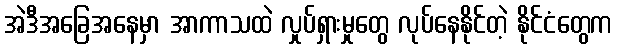
အဲဒီအခြေအနေမှာ အာကာသထဲ လှုပ်ရှားမှုတွေ လုပ်နေနိုင်တဲ့ နိုင်ငံတွေက